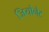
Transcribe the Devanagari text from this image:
जियोनेट